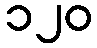
၁၂၀